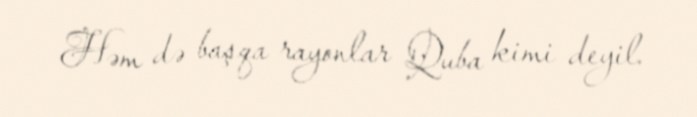
Həm də başqa rayonlar Quba kimi deyil.